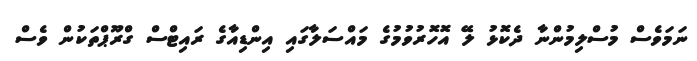
ނަމަވެސް މުސްލިމުންނާ ދެކޮޅު ލޭ އޮހޮރުވުމުގެ މައްސަލާގައި އިންޑިއާގެ ރައިޓްސް ގްރޫޕްތަކުން ވެސް